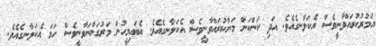
އަމުރުކުރައްވާނީވެސް އެކަލާނގެއެވެ. އަދި ކަންކަން މަނާކުރައްވާނީވެސް އެކަލާނގެއެވެ. އެބައިމީހުން މަރުގަންނަވާނީވެސް ހަމަ އެކަލާނގެއެވެ.